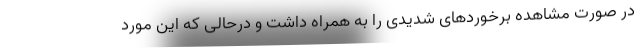
در صورت مشاهده برخوردهای شدیدی را به همراه داشت و درحالی که این مورد